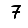
Digit: 7